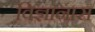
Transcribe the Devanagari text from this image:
विज्ञानास